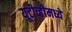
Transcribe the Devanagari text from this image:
यूटीव्हीमध्ये